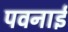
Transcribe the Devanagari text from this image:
पवनाई